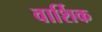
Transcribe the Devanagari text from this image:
वार्शिक